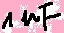
Text: 1uF